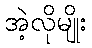
အဲ့လိုမျိုး